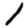
Digit: 1